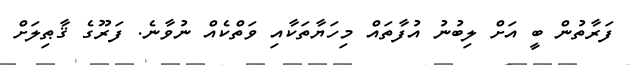
ފަރާތުން ބީ އަށް ލިބުނު އުފާތައް މިހަޔާތަކާއި ވަތްކެއް ނުވާނެ. ފަރޫގެ ޤާޠިލަށް